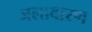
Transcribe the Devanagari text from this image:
जलावारण